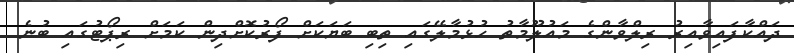
ދައްކާފައިވާއިރު ރިލްވާންގެ މައުލޫމާތު ހުޅުމާލޭގައި ތިބި ބަޔަކަށް ފޯރުކޮށްދިން ކަމަށް ރިޕޯޓުގައި ބުނެ